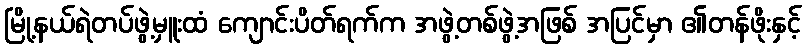
မြို့နယ်ရဲတပ်ဖွဲ့မှူးထံ ကျောင်းပိတ်ရက်က အဖွဲ့တစ်ဖွဲ့အဖြစ် အပြင်မှာ ၏တန်ဖိုးနှင့်